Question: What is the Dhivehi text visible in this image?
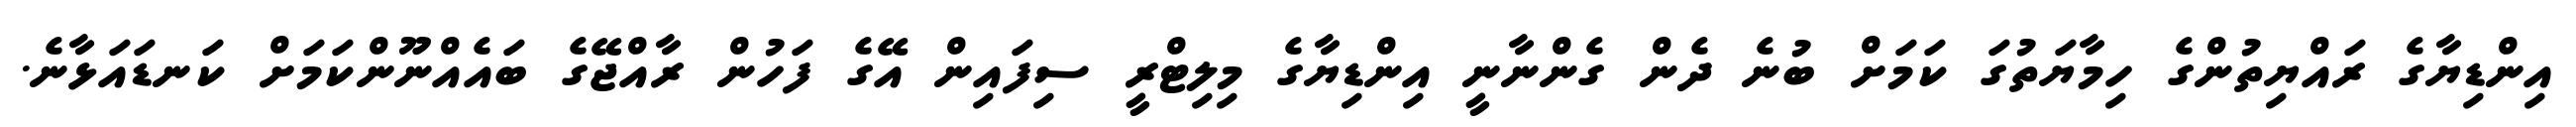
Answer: އިންޑިޔާގެ ރައްޔިތުންގެ ހިމާޔަތުގަ ކަމަށް ބުނެ ދެން ގެންނާނީ އިންޑިޔާގެ މިލިޓްރީ ސިފައިން އޭގެ ފަހުން ރާއްޖޭގެ ބައެއްނޫންކަމަށް ކަނޑައަޅާނެ.